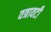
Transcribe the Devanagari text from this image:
वत्रावटी